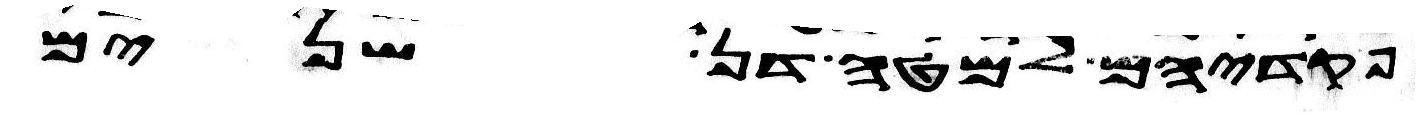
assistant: פקדיהם למטה דן שנים